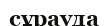
сұрауда